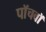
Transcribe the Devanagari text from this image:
पाॅचवाॅ